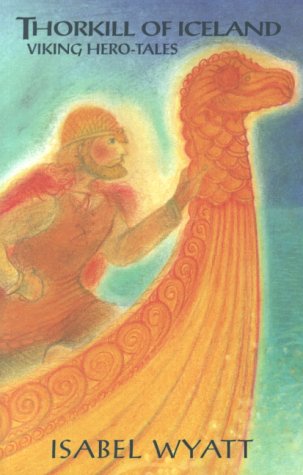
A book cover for Thorkill of Iceland; Isabel Wyatt; Children's Books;